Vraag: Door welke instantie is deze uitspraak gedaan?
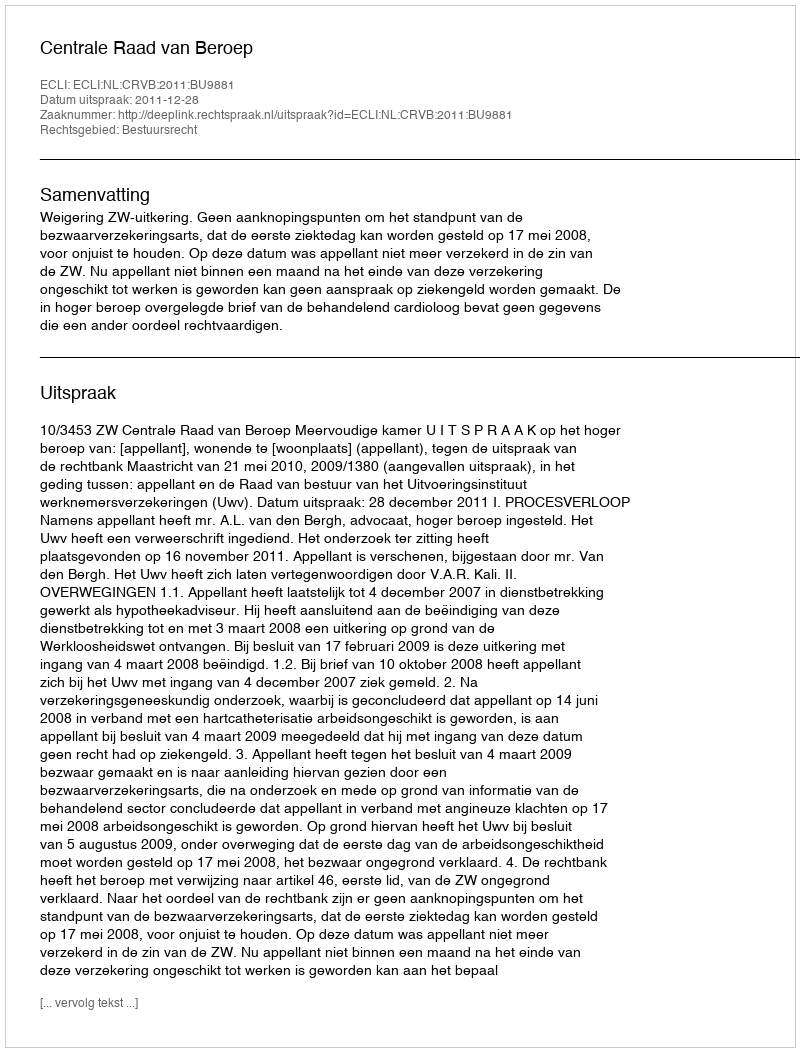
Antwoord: Centrale Raad van Beroep